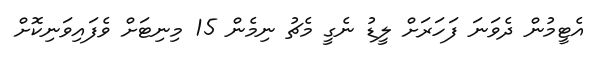
އެޓީމުން ދެވަނަ ފަހަރަށް ލީޑު ނެގީ މެޗު ނިމެން 15 މިނިޓަށް ވެފައިވަނިކޮށް